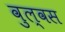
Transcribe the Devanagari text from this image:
वुल्वस